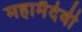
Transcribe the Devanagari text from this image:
महामैदेवी